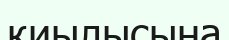
қиылысына